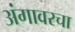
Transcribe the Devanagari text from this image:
अंगावरचा